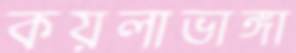
কয়লাভাঙ্গা